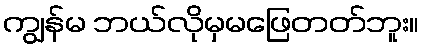
ကျွန်မ ဘယ်လိုမှမဖြေတတ်ဘူး။